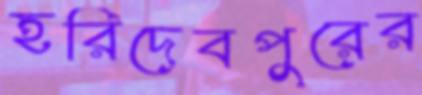
হরিদেবপুরের